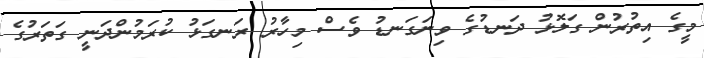
މީގެ އިތުރުން ގަލޮޅު ދަނޑުގެ ވިނަގަނޑު ވެސް މިހާރު ރަނގަޅު ކުރަމުންދަނީ ގަތަރުގެ